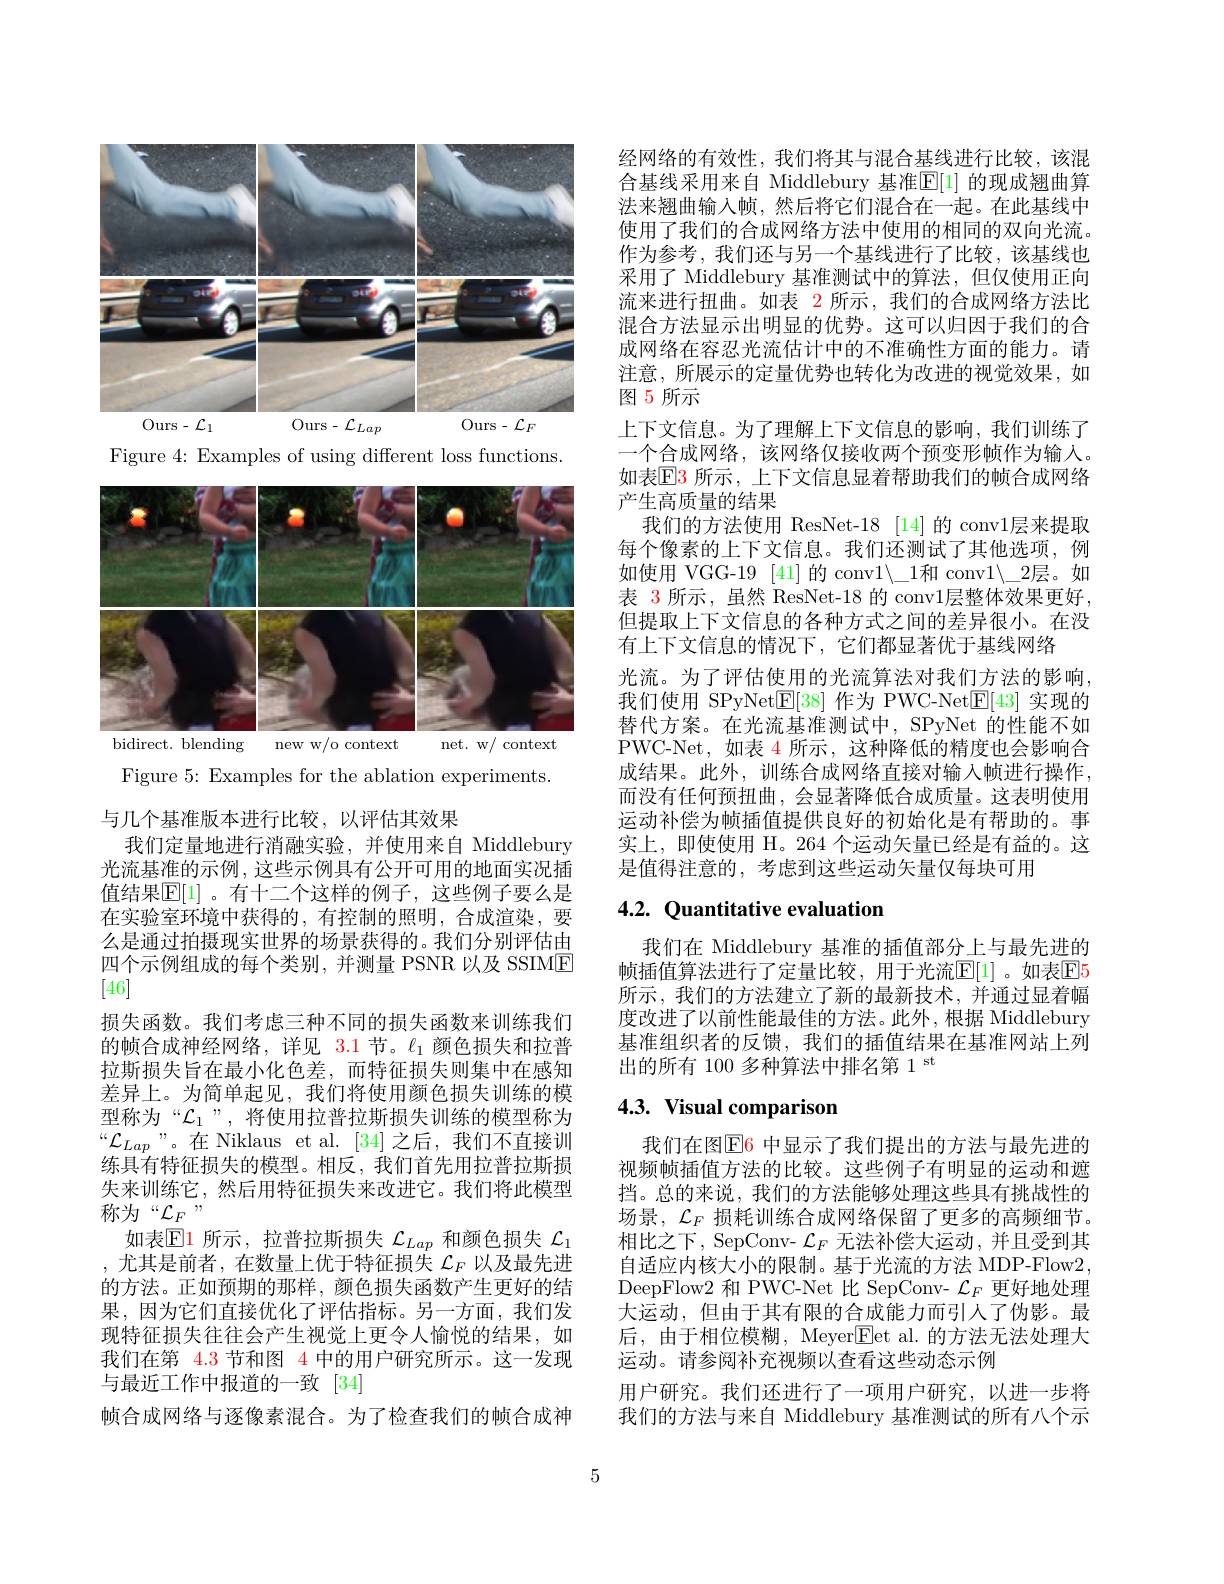
<FigureHere>

Figure 4: Examples of using different loss functions.

<FigureHere>

Figure 5: Examples for the ablation experiments.

与几个基准版本进行比较，以评估其效果
我们定量地进行消融实验，并使用来自 Middlebury 光流基准的示例，这些示例具有公开可用的地面实况插值结果$\mathbb{E}[1]$ 。有十二个这样的例子，这些例子要么是在实验室环境中获得的，有控制的照明，合成渲染，要么是通过拍摄现实世界的场景获得的。我们分别评估由四个示例组成的每个类别，并测量 PSNR 以及 SSIME [46]
损失函数。我们考虑三种不同的损失函数来训练我们的帧合成神经网络，详见 3.1节。$\ell_1$颜色损失和拉普拉斯损失旨在最小化色差，而特征损失则集中在感知差异上。为简单起见，我们将使用颜色损失训练的模型称为“$\mathcal{L}_1$”,将使用拉普拉斯损失训练的模型称为“$\mathcal{L}_{Lap}$”。在 Niklaus et al.[34]之后，我们不直接训练具有特征损失的模型。相反，我们首先用拉普拉斯损失来训练它，然后用特征损失来改进它。我们将此模型称为“$\mathcal{L}_F,$,
如表$\mathbb{E}$1 所示，拉普拉斯损失$\mathcal{L}_Lap$和颜色损失$\mathcal{L}_1$ ,尤其是前者，在数量上优于特征损失$\mathcal{L}_F$以及最先进的方法。正如预期的那样，颜色损失函数产生更好的结果，因为它们直接优化了评估指标。另一方面，我们发现特征损失往往会产生视觉上更令人愉悦的结果，如我们在第 4.3 节和图 4 中的用户研究所示。这一发现与最近工作中报道的一致 [34]
帧合成网络与逐像素混合。为了检查我们的帧合成神

经网络的有效性，我们将其与混合基线进行比较，该混合基线采用来自 Middlebury 基准$\mathbb{E}[1]$ 的现成翘曲算法来翘曲输入帧，然后将它们混合在一起。在此基线中使用了我们的合成网络方法中使用的相同的双向光流。作为参考，我们还与另一个基线进行了比较，该基线也采用了 Middlebury 基准测试中的算法，但仅使用正向流来进行扭曲。如表 2 所示，我们的合成网络方法比混合方法显示出明显的优势。这可以归因于我们的合成网络在容忍光流估计中的不准确性方面的能力。请注意，所展示的定量优势也转化为改进的视觉效果，如图 5 所示

上下文信息。为了理解上下文信息的影响，我们训练了一个合成网络，该网络仅接收两个预变形帧作为输入。如表$\mathbb{E}$3 所示，上下文信息显着帮助我们的帧合成网络产生高质量的结果
我们的方法使用 ResNet-18 [14] 的 conv1层来提取每个像素的上下文信息。我们还测试了其他选项，例如使用 VGG-19 [41] 的 conv$1\backslash\_1$和 conv$1\backslash\_2$层。如表 3 所示，虽然 ResNet-18 的 conv1层整体效果更好， 但提取上下文信息的各种方式之间的差异很小。在没有上下文信息的情况下，它们都显著优于基线网络
光流。为了评估使用的光流算法对我们方法的影响， 我们使用 SPyNet$\mathbb{E}[38]$作为 PWC-Net$\mathbb{E}[43]$实现的替代方案。在光流基准测试中，SPyNet 的性能不如PWC-Net,如表 4 所示，这种降低的精度也会影响合成结果。此外，训练合成网络直接对输入帧进行操作， 而没有任何预扭曲，会显著降低合成质量。这表明使用运动补偿为帧插值提供良好的初始化是有帮助的。事实上，即使使用 H。264 个运动矢量已经是有益的。这是值得注意的，考虑到这些运动矢量仅每块可用

# 4.2. Quantitative evaluation

我们在 Middlebury 基准的插值部分上与最先进的帧插值算法进行了定量比较，用于光流$\overline{\mathrm{E}}[1]$。如表$\overline{\mathrm{E}}5$ 所示，我们的方法建立了新的最新技术，并通过显着幅度改进了以前性能最佳的方法。此外，根据 Middlebury 基准组织者的反馈，我们的插值结果在基准网站上列出的所有 100 多种算法中排名第 1 st

# 4.3. Visual comparison

我们在图$\color{red}{\mathrm{E}}\color{blue}{6}$ 中显示了我们提出的方法与最先进的视频帧插值方法的比较。这些例子有明显的运动和遮挡。总的来说，我们的方法能够处理这些具有挑战性的场景，$\mathcal{L}_F$损耗训练合成网络保留了更多的高频细节。相比之下，SepConv- $\mathcal{L}_F$无法补偿大运动，并且受到其自适应内核大小的限制。基于光流的方法 MDP-Flow2, DeepFlow2 和 PWC-Net 比 SepConv- $\mathcal{L}_F$更好地处理大运动，但由于其有限的合成能力而引人了伪影。最后，由于相位模糊，Meyer$\boxed{\mathrm{F}}$et al.的方法无法处理大运动。请参阅补充视频以查看这些动态示例
用户研究。我们还进行了一项用户研究，以进一步将我们的方法与来自 Middlebury 基准测试的所有八个示

5